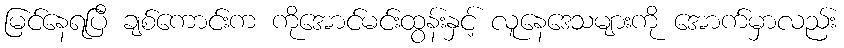
မြင်နေရပြီ ချစ်ကောင်းက ကိုအောင်မင်းထွန်းနှင့် လူနေဒေသများကို အောက်မှာလည်း